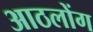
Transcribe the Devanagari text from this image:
आठलोंग